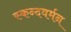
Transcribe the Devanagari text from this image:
स्कन्दवर्मन